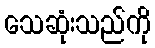
သေဆုံးသည်ကို